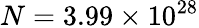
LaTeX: N=3.99\times 10^{28}